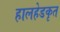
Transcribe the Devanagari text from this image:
हालहेडकृत